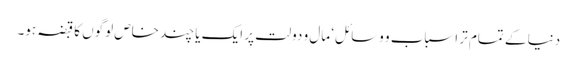
دنیا کے تمام تر اسباب و وسائل‘ مال و دولت پر ایک یا چند خاص لوگوں کا قبضہ ہو۔